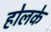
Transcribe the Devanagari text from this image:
होलके